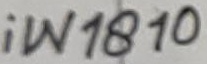
Text: iW1810